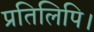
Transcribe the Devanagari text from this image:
प्रतिलिपि।